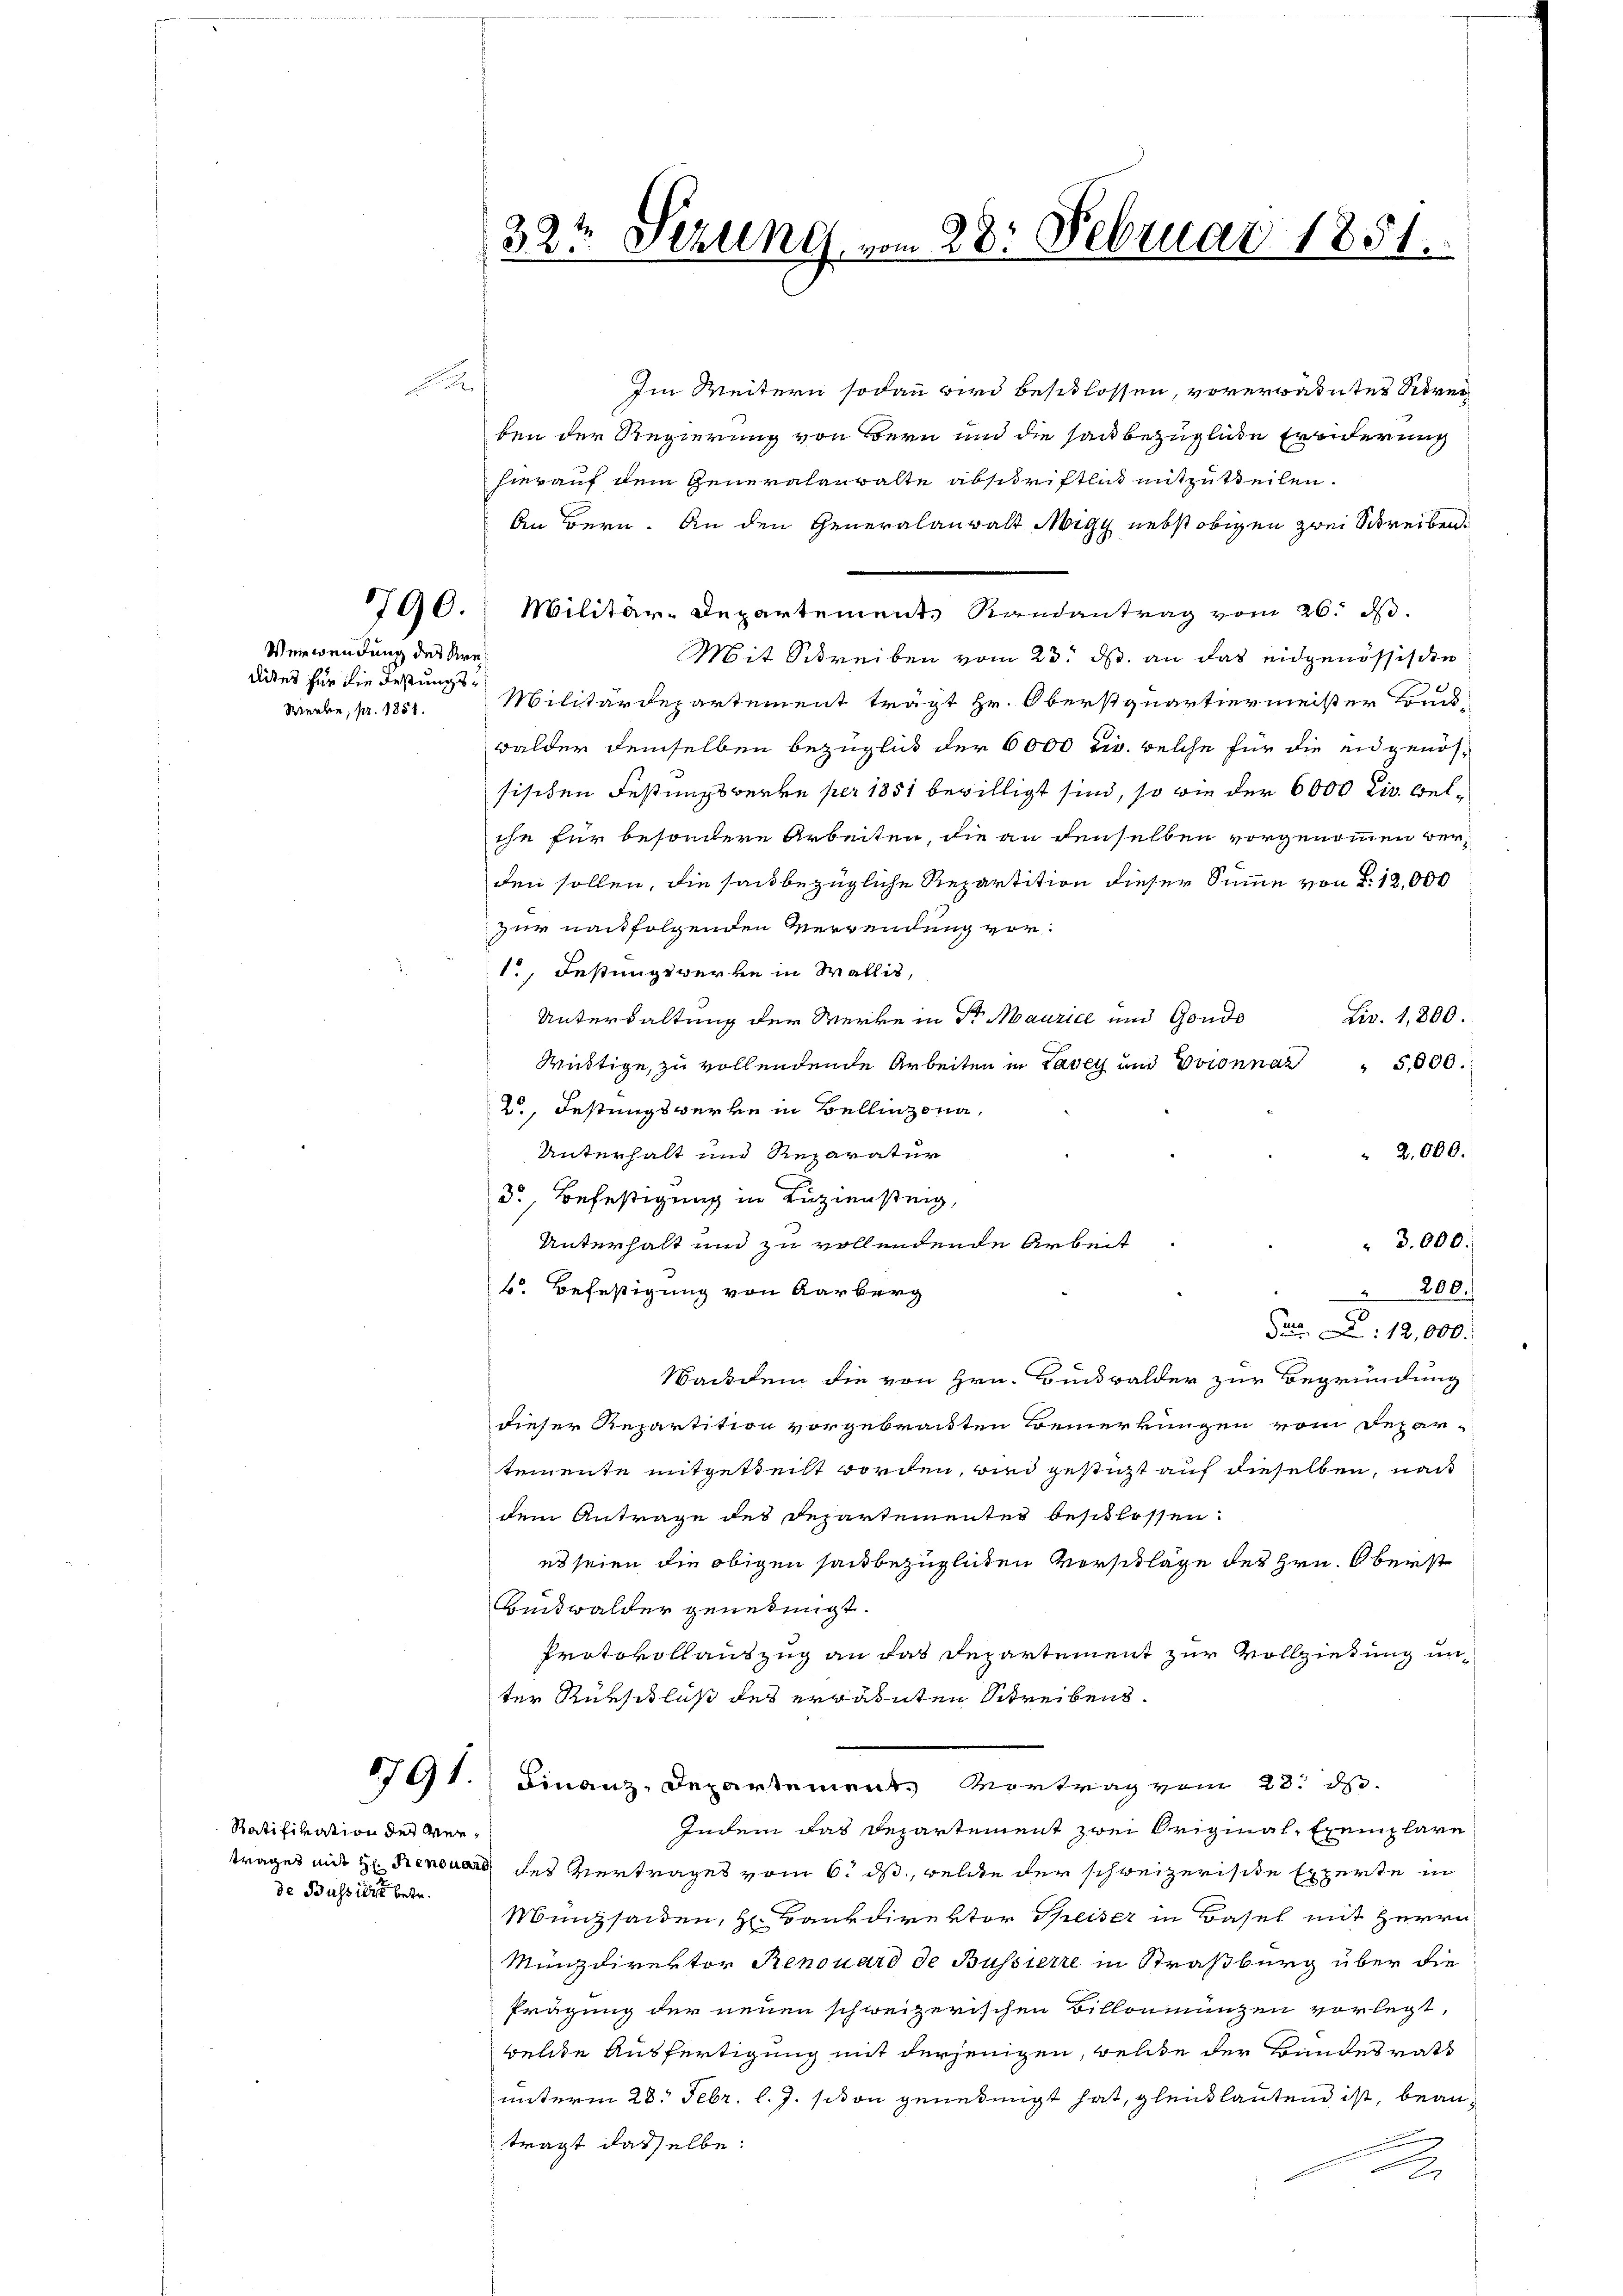
Verwendung des Kredites für die Festungs¬

Ratifikation der Verde Buss die betr.

Im Weitern sodann wird beschlossen, vorerwähntes Strei
ben der Regierung von Bern und die sau bezügliche Erwiderung
hierauf dem Generalanwalte abschriftlich mitzutheilen.
An Bern. An den Generalanwalt Migg nebst obigen zwei Schreiben,
790. Militär-Departement Randantrag vom 26. dβ.
Mit Schreiben vom 23. ds. an das eidgenössische
Werbe, pr. 1851. Militärdepartement trägt Hr. Oberstquartiermeister Bruck-
walder demselben Bezüglich der 6000 Fr. welche für die eidgenös-
sischen Festungswerke per 1851 bewilligt sind, so wie der 6000 Eiv. welche für besondere Arbeiten, die an denselben vorgenommen verden sollen, die sans bezügliche Repartition dieser Summe von d. 12,000
zur nachfolgenden Verwendung vor¬
1. Festungswerke in Wallis,
Liv. 1,800.
Unterwaltung der Werke in Sr Maurice und Gondo
Wistige, zu vollendene Arbeiten in Lavey und Prionnaz
" 5,000.
, Festungswerke in Bellinzona,
Unterhalt und Reparatur
" 2,000.
d., Befestigung in Luziensteig,
Unterhalt und zu vollendende Arbeit
" 3,000.
k. Befestigung von Aarberg
200.
P. 12,000.
Wachdem die von Hrn. Rückwalder zur Begründung
dieser Repartition vorgebrachten Bemerkungen vom Depar-
temente mitgetheilt worden, wird gestüzt auf dieselben, nach
dem Antrage des Departementer beschlossen:
es seien die obigen saubezüglichen Vorschläge des Hrn. Oberst
Buidwalder genehmigt.
Protokollauszug an das Departement zur Vollziehung unter Rükschluß des erwähnten Schreibens¬
791. Finanz-Departement. Vortrag vom 23. ds.
Indem das Departement zwei Original-Exemplare
trages mit H. Renouart des Vertrages vom 6. ds., welche der schweizerisite Experte in
Münzsaaden, Hr. Bankdirektor Speiser in Basel mit Herrn
Münzdirektor Renouard de Bussierre in Straßburg über die
Prägung der neuen schweizerischen Billonmungen vorlegt,
welche Ausfertigung mit derjenigen, welche der Bundesrath
unterm 28. Febr. l. J. siton genehmigt hat, gleichlautend ist, beanträgt dasselbe:
A

32t Sezung vom 28. Februar 1851.